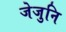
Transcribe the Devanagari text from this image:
जेजुनि